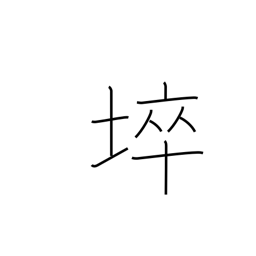
Meaning: barren land